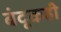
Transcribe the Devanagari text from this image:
बंदूकही